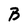
Character: B